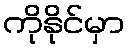
ကိုနိုင်မှာ